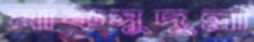
মাকসুদুল্লা